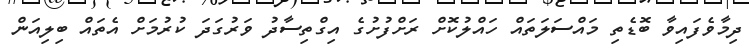
ދިމާވެފައިވާ ބޮޑެތި މައްސަލަތައް ހައްލުކޮށް ރަށްފުށުގެ އިގްތިސާދު ވަރުގަދަ ކުރުމަށް އެތައް ބިލިއަން